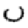
Digit: 0